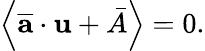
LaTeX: \left\langle\overline{{\textbf{a}}}\cdot\textbf{u}+\bar{A}\right\rangle=0.